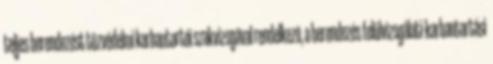
teljes berendezést tûzvédelmi karbantartói szakvizsgával rendelkezõ, a berendezés felülvizsgálati-karbantartási